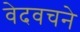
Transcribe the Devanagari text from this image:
वेदवचने